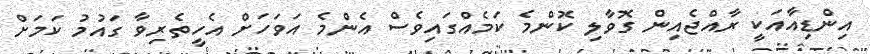
އިންޑިއާއަކީ ރާއްޖެއިން ގޮވާލި ކޮންމެ ކަމެއްގައިވެސް އެންމެ އަވަހަށް އެހީތެރިވާ ގައުމު ކަމަށް